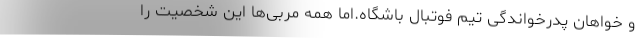
و خواهان پدرخواندگی تیم فوتبال باشگاه.اما همه مربی‌ها این شخصیت را